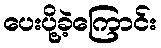
ပေးပို့ခဲ့ကြောင်း